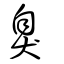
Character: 臰